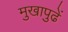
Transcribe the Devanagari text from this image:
मुखापुढें